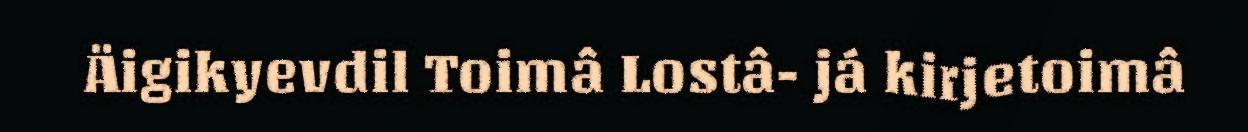
Äigikyevdil Toimâ Lostâ- já kirjetoimâ